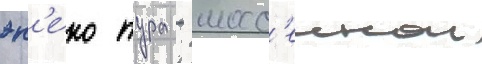
эн'еко тура - шосс'еинои